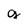
Character: g